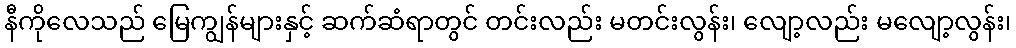
နီကိုလေသည် မြေကျွန်များနှင့် ဆက်ဆံရာတွင် တင်းလည်း မတင်းလွန်း၊ လျော့လည်း မလျော့လွန်း၊